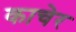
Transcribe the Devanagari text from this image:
काचेर